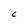
Character: C